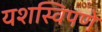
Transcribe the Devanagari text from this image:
यशस्विपणे